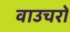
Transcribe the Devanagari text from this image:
वाउचरों